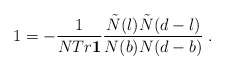
\begin{align*}1 = -\frac{1}{NTr{\bf 1}}\frac{\tilde{N}(l)\tilde{N}(d-l)}{N(b)N(d-b)}\;.\end{align*}